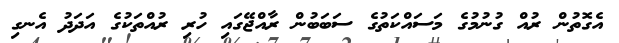
އެގޮތުން ރުއް ގުނުމުގެ މަސައްކަތުގެ ސަބަބުން ރާއްޖޭގައި ހުރި ރުއްތަކުގެ އަދަދު އެނގި